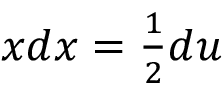
\textstyle x d x = { \frac { 1 } { 2 } } d u